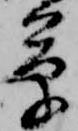
草